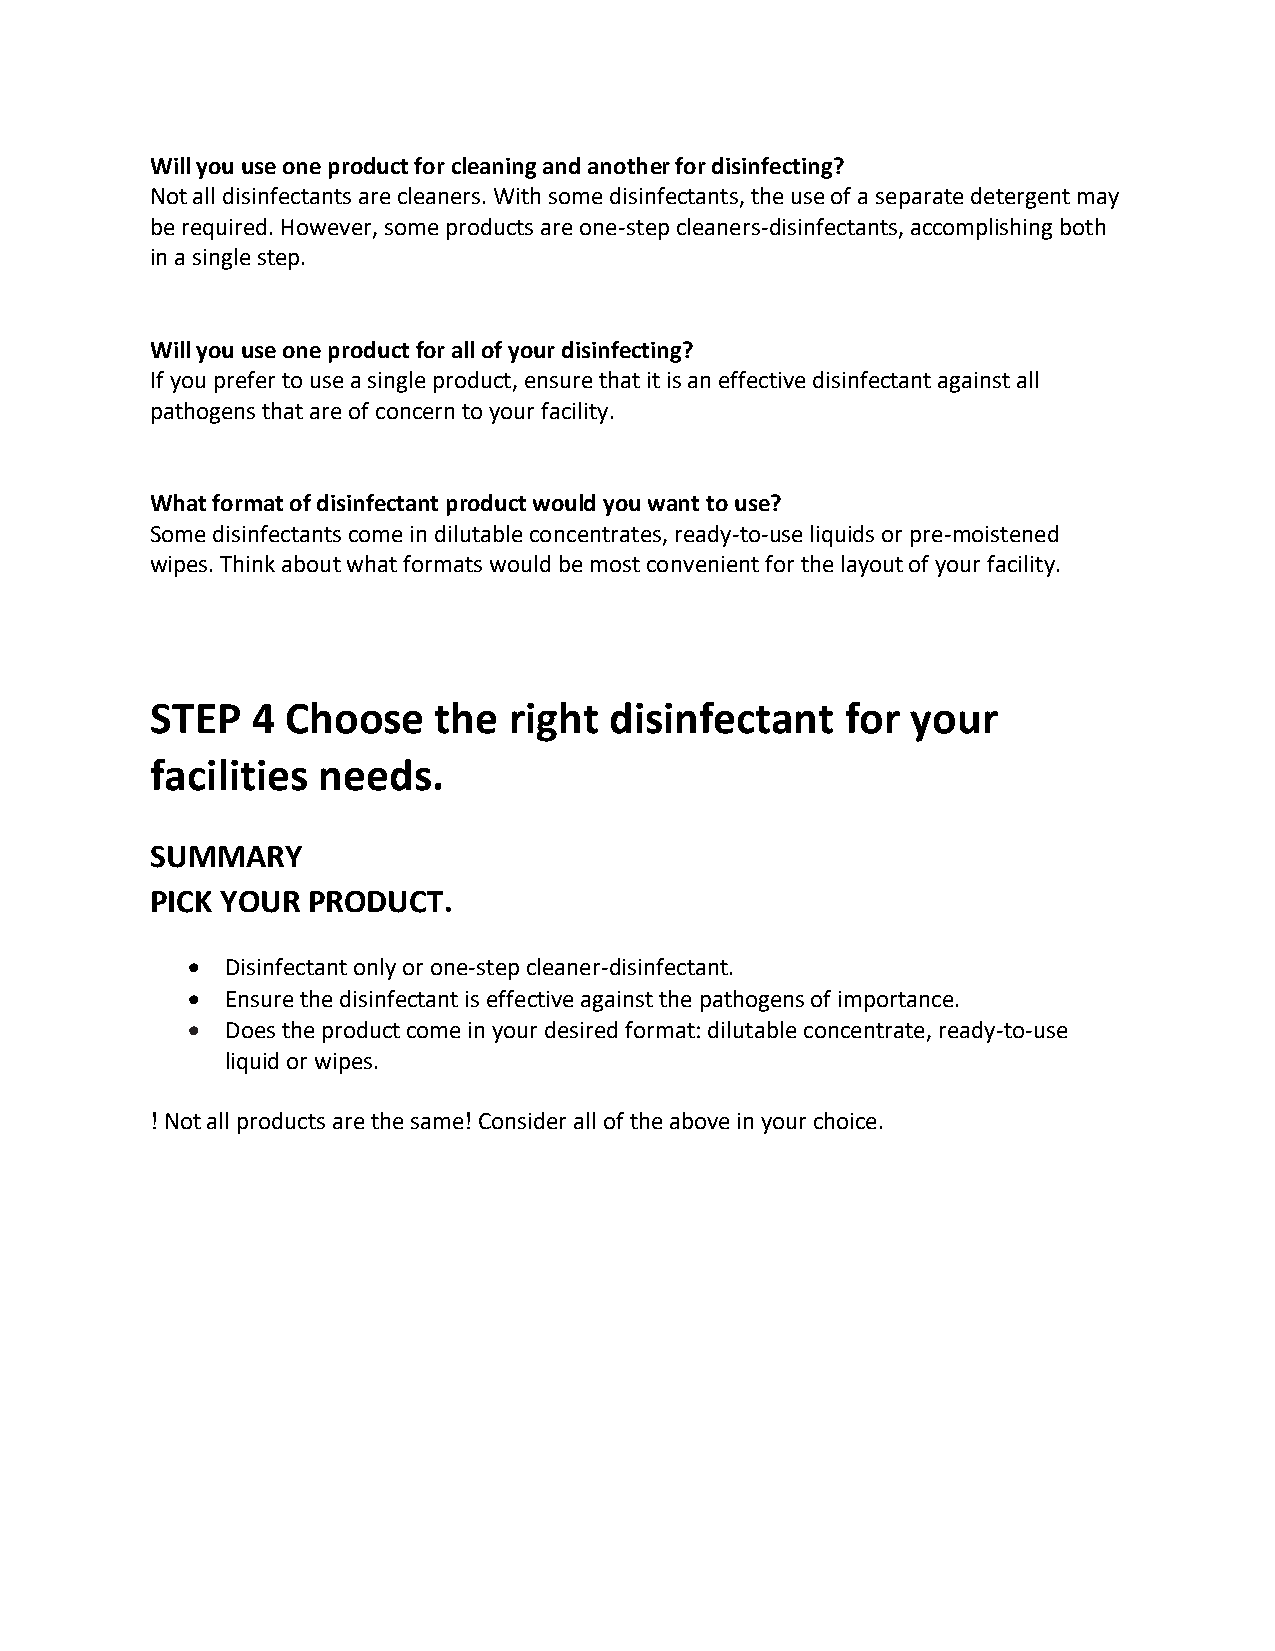
Will you use one product for cleaning and another for disinfecting?
 Not all disinfectants are cleaners. With some disinfectants, the use of a separate detergent may
 be required. However, some products are one-step cleaners-disinfectants, accomplishing both
 in a single step.
 Will you use one product for all of your disinfecting?
 If you prefer to use a single product, ensure that it is an effective disinfectant against all
 pathogens that are of concern to your facility.
 What format of disinfectant product would you want to use?
 Some disinfectants come in dilutable concentrates, ready-to-use liquids or pre-moistened
 wipes. Think about what formats would be most convenient for the layout of your facility.
 STEP   4 Choose    the  right disinfectant    for your
 facilities needs.
 SUMMARY
 PICK YOUR PRODUCT.
 •  Disinfectant only or one-step cleaner-disinfectant.
 •  Ensure the disinfectant is effective against the pathogens of importance.
 •  Does the product come in your desired format: dilutable concentrate, ready-to-use
 liquid or wipes.
 ! Not all products are the same! Consider all of the above in your choice.